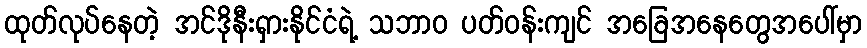
ထုတ်လုပ်နေတဲ့ အင်ဒိုနီးရှားနိုင်ငံရဲ့ သဘာဝ ပတ်ဝန်းကျင် အခြေအနေတွေအပေါ်မှာ